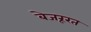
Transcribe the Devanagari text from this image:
बेजरूरत